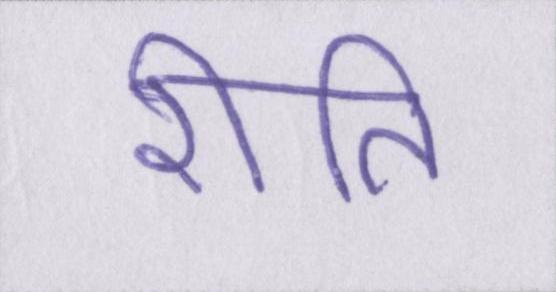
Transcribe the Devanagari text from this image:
रीति